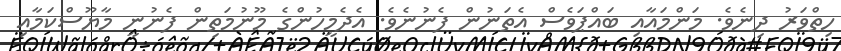
ހިތްވަރު ދިނެވެ. މަންމައާއި ބައްޕަވެސް އެތަނުން ފެނުނެވެ. އެދެމީހުންގެ މޫނުމަތިން ފެނުނީ މާޔޫސްކަމާއި